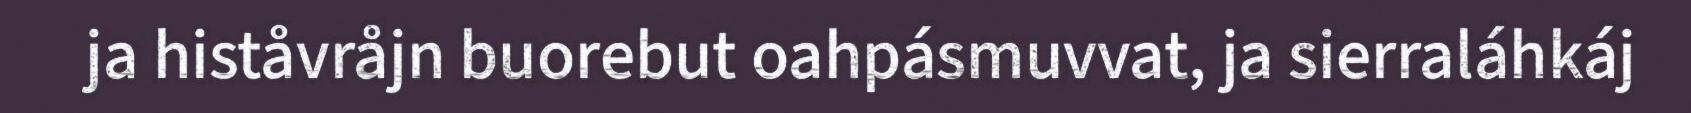
ja histåvråjn buorebut oahpásmuvvat, ja sierraláhkáj